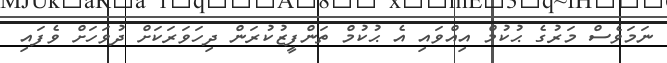
ނަމަވެސް މަރުގެ ޙުކުމް އިއްވައި އެ ޙުކުމް ތަންފީޒުކުރަން ދިހަވަރަކަށް ދުވަހަށް ވެފައި